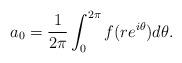
LaTeX: \begin{align*} a_0 = \frac{1}{2 \pi}\int_0^{2 \pi}f(r e^{i \theta}) d\theta.\end{align*}